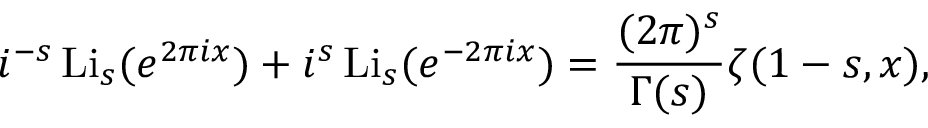
i ^ { - s } \operatorname { L i } _ { s } ( e ^ { 2 \pi i x } ) + i ^ { s } \operatorname { L i } _ { s } ( e ^ { - 2 \pi i x } ) = { \frac { ( 2 \pi ) ^ { s } } { \Gamma ( s ) } } \zeta ( 1 - s , x ) ,